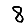
Digit: 8